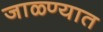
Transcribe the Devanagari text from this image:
जाळ्ण्यात